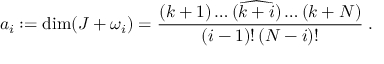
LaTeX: a _ { i } : = \dim ( J + \omega _ { i } ) = \frac { ( k + 1 ) \dots ( \widehat { k + i } ) \dots ( k + N ) } { ( i - 1 ) ! \, ( N - i ) ! } \; .